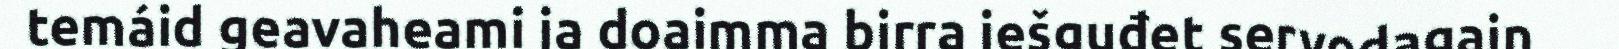
temáid geavaheami ja doaimma birra iešguđet servodagain